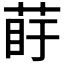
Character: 𦰲